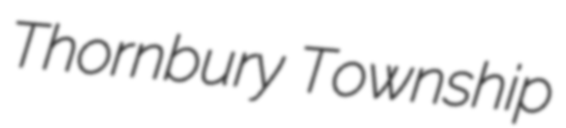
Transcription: Thornbury Township